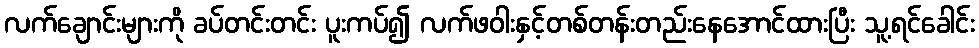
လက်ချောင်းများကို ခပ်တင်းတင်း ပူးကပ်၍ လက်ဖဝါးနှင့်တစ်တန်းတည်းနေအောင်ထားပြီး သူ့ရင်ခေါင်း